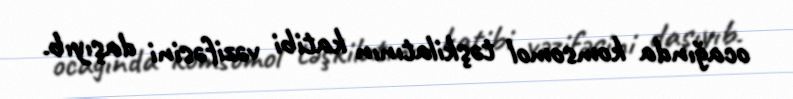
ocağında komsomol təşkilatının katibi vəzifəsini daşıyıb.